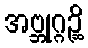
အဗ္ဘုဂ္ဂဉ္ဆိ